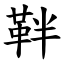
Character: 靽